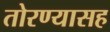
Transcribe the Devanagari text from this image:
तोरण्यासह